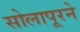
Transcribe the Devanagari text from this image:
सोलापूरने